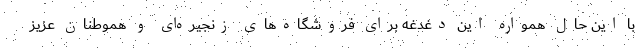
با این حال همواره این دغدغه برای فروشگاه­های زنجیره­ای و هموطنان عزیز